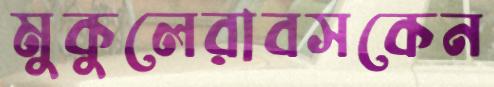
মুকুলেরাবসকেন